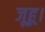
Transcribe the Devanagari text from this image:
जूहू।